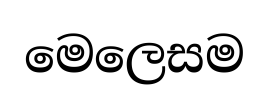
මෙලෙසම